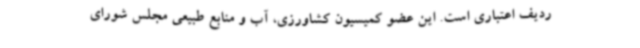
ردیف اعتباری است. این عضو کمیسیون کشاورزی، آب و منابع طبیعی مجلس شورای